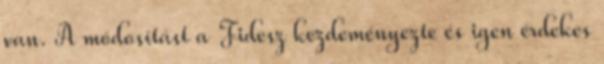
van. A módosítást a Fidesz kezdeményezte és igen érdekes